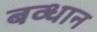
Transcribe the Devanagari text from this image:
बव्धान